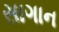
સાગાન